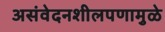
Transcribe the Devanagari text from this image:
असंवेदनशीलपणामुळे